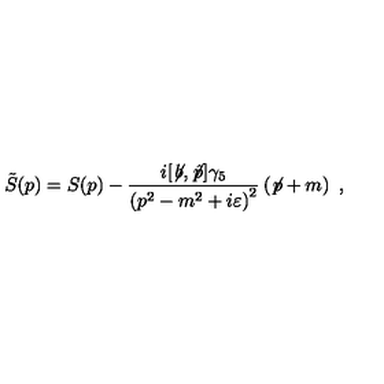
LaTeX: \tilde { S } ( p ) = S ( p ) - { \frac { i [ \not \! b , \not \! { \hat { p } } ] \gamma _ { 5 } } { \left( p ^ { 2 } - m ^ { 2 } + i \varepsilon \right) ^ { 2 } } } \left( \not \! p + m \right) \ ,